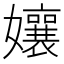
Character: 孃